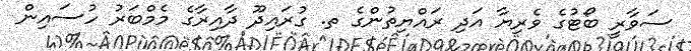
ސަވާރީ ބޯޓުގެ ވެރިޔާ އަދި ރައްޔިތުންގެ ތ. ގުރައިދޫ ދާއިރާގެ މެމްބަރު ހުސައިން